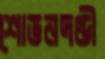
শোভনদণ্ডী